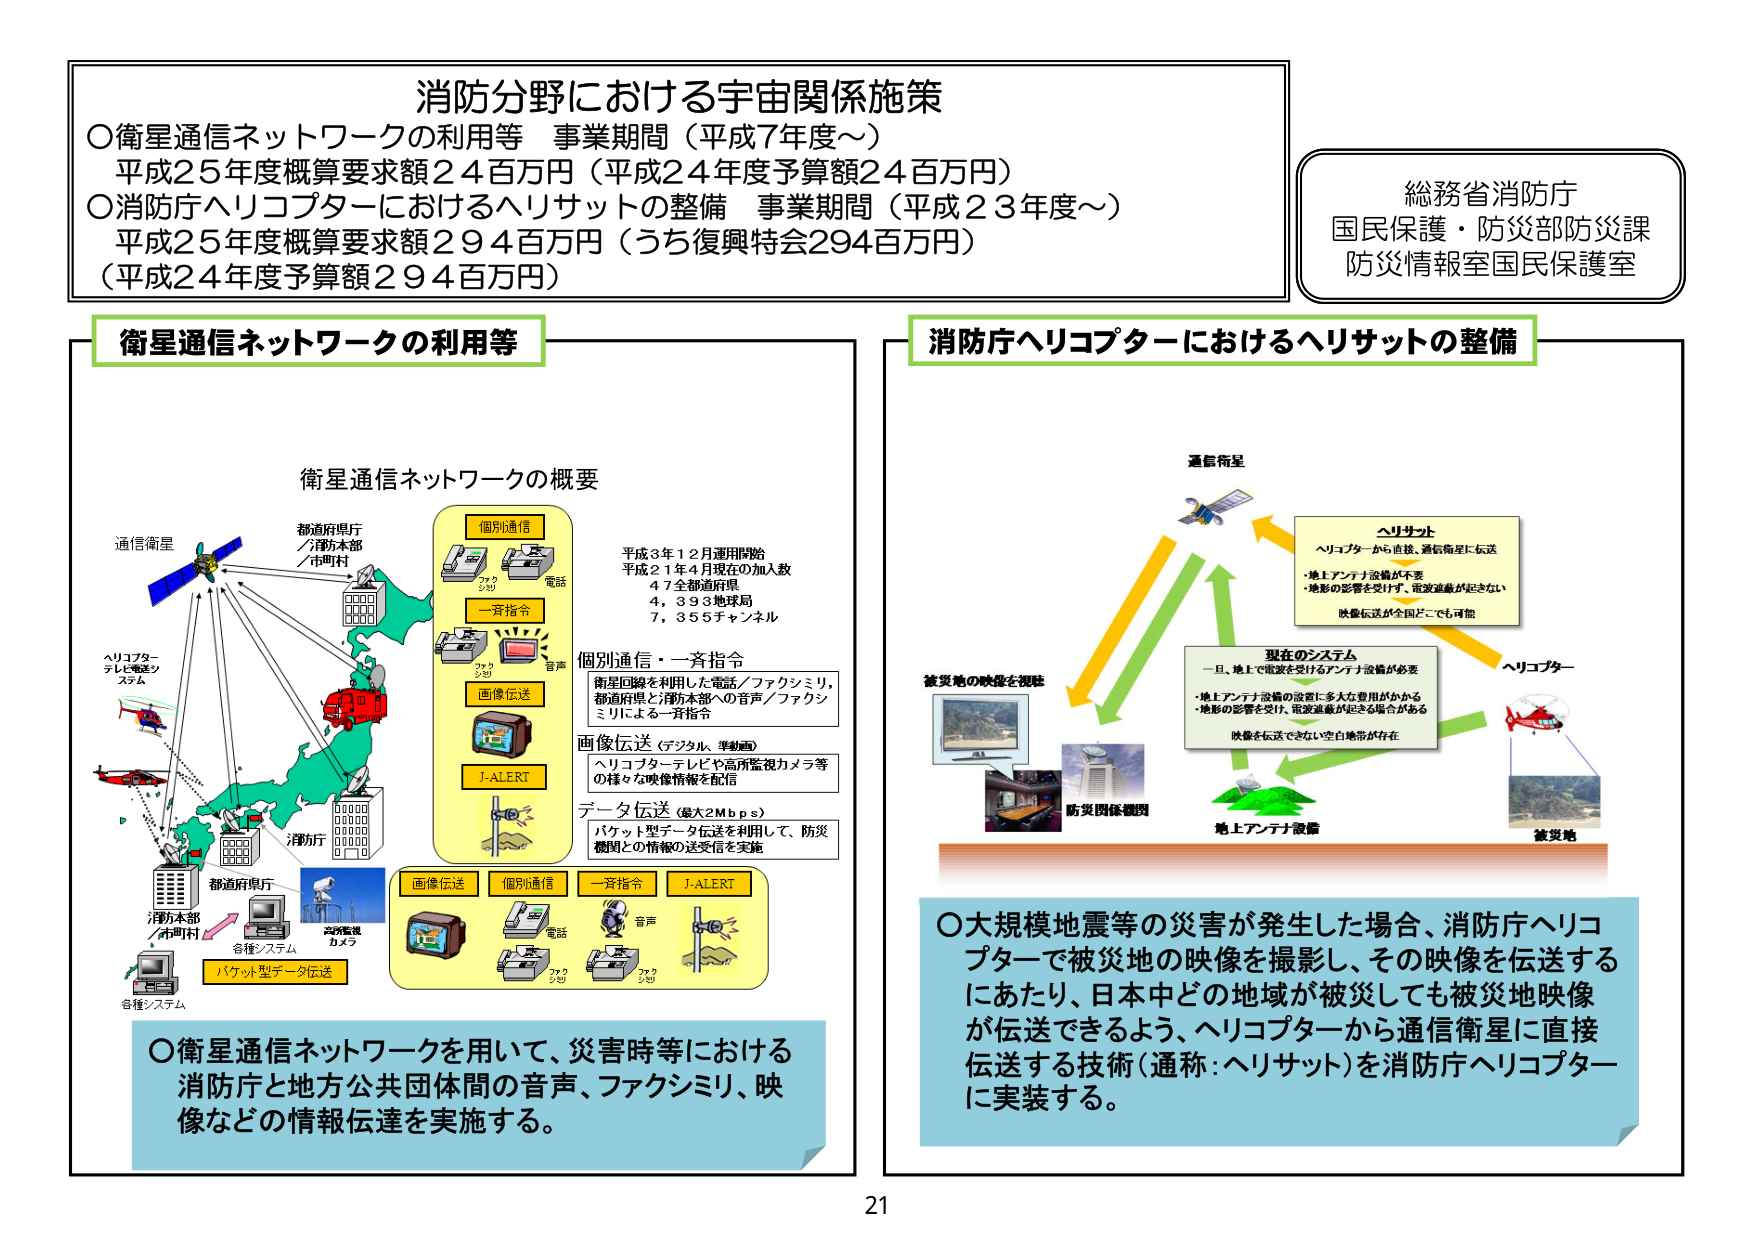
消防分野における宇宙関係施策
○衛星通信ネットワークの利用等 事業期間（平成7年度～）
平成25年度概算要求額24百万円（平成24年度予算額24百万円）
○消防庁ヘリコプターにおけるヘリサットの整備 事業期間（平成23年度～）
平成25年度概算要求額294百万円（うち復興特会294百万円）
（平成24年度予算額294百万円）

総務省消防庁
国民保護・防災部防災課
防災情報室国民保護室

衛星通信ネットワークの利用等

衛星通信ネットワークの概要
通信衛星
都道府県庁／消防本部／市町村
消防庁
都道府県庁
消防本部／市町村
各種システム
高所監視カメラ
各種システム
パケット型データ伝送
ヘリコプターテレビ・監視システム

個別通信
電話
ファクシミリ
一斉指令
音声
画像伝送
J-ALERT

平成3年12月運用開始
平成21年4月現在の加入数
47全部道府県
4,393地球局
7,355チャンネル

個別通信・一斉指令
衛星回線を利用した電話／ファクシミリ、
都道府県と消防本部への音声／ファクシミリによる一斉指令

画像伝送（デジタル、準動画）
ヘリコプターテレビや高所監視カメラ等
の様々な映像情報を配信

データ伝送（最大2Mbps）
パケット型データ伝送を利用して、防災機関との情報の送受信を実施

画像伝送 個別通信 一斉指令 J-ALERT
電話 ファクシミリ 音声

○衛星通信ネットワークを用いて、災害時等における
消防庁と地方公共団体間の音声、ファクシミリ、映像などの情報伝達を実施する。

消防庁ヘリコプターにおけるヘリサットの整備

通信衛星
ヘリサット
ヘリコプターから直接、通信衛星に伝送
・地上アンテナ設備が不要
・地形の影響を受けず、電波遮蔽が起きない
映像伝送が全国どこでも可能

現在のシステム
一旦、地上で電波を受けるアンテナ設備が必要
・地上アンテナ設備の設置に多大な費用がかかる
・地形の影響を受け、電波遮蔽が起きる場合がある
映像を伝送できない空白地帯が存在

被災地の映像を視聴
防災関係機関
地上アンテナ設備
ヘリコプター
被災地

○大規模地震等の災害が発生した場合、消防庁ヘリコプターで被災地の映像を撮影し、その映像を伝送するにあたり、日本中どの地域が被災しても被災地映像が伝送できるよう、ヘリコプターから通信衛星に直接伝送する技術（通称：ヘリサット）を消防庁ヘリコプターに実装する。

21